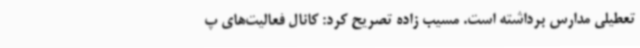
تعطیلی مدارس برداشته است. مسیب زاده تصریح کرد: کانال فعالیت‌های پ